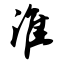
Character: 淮